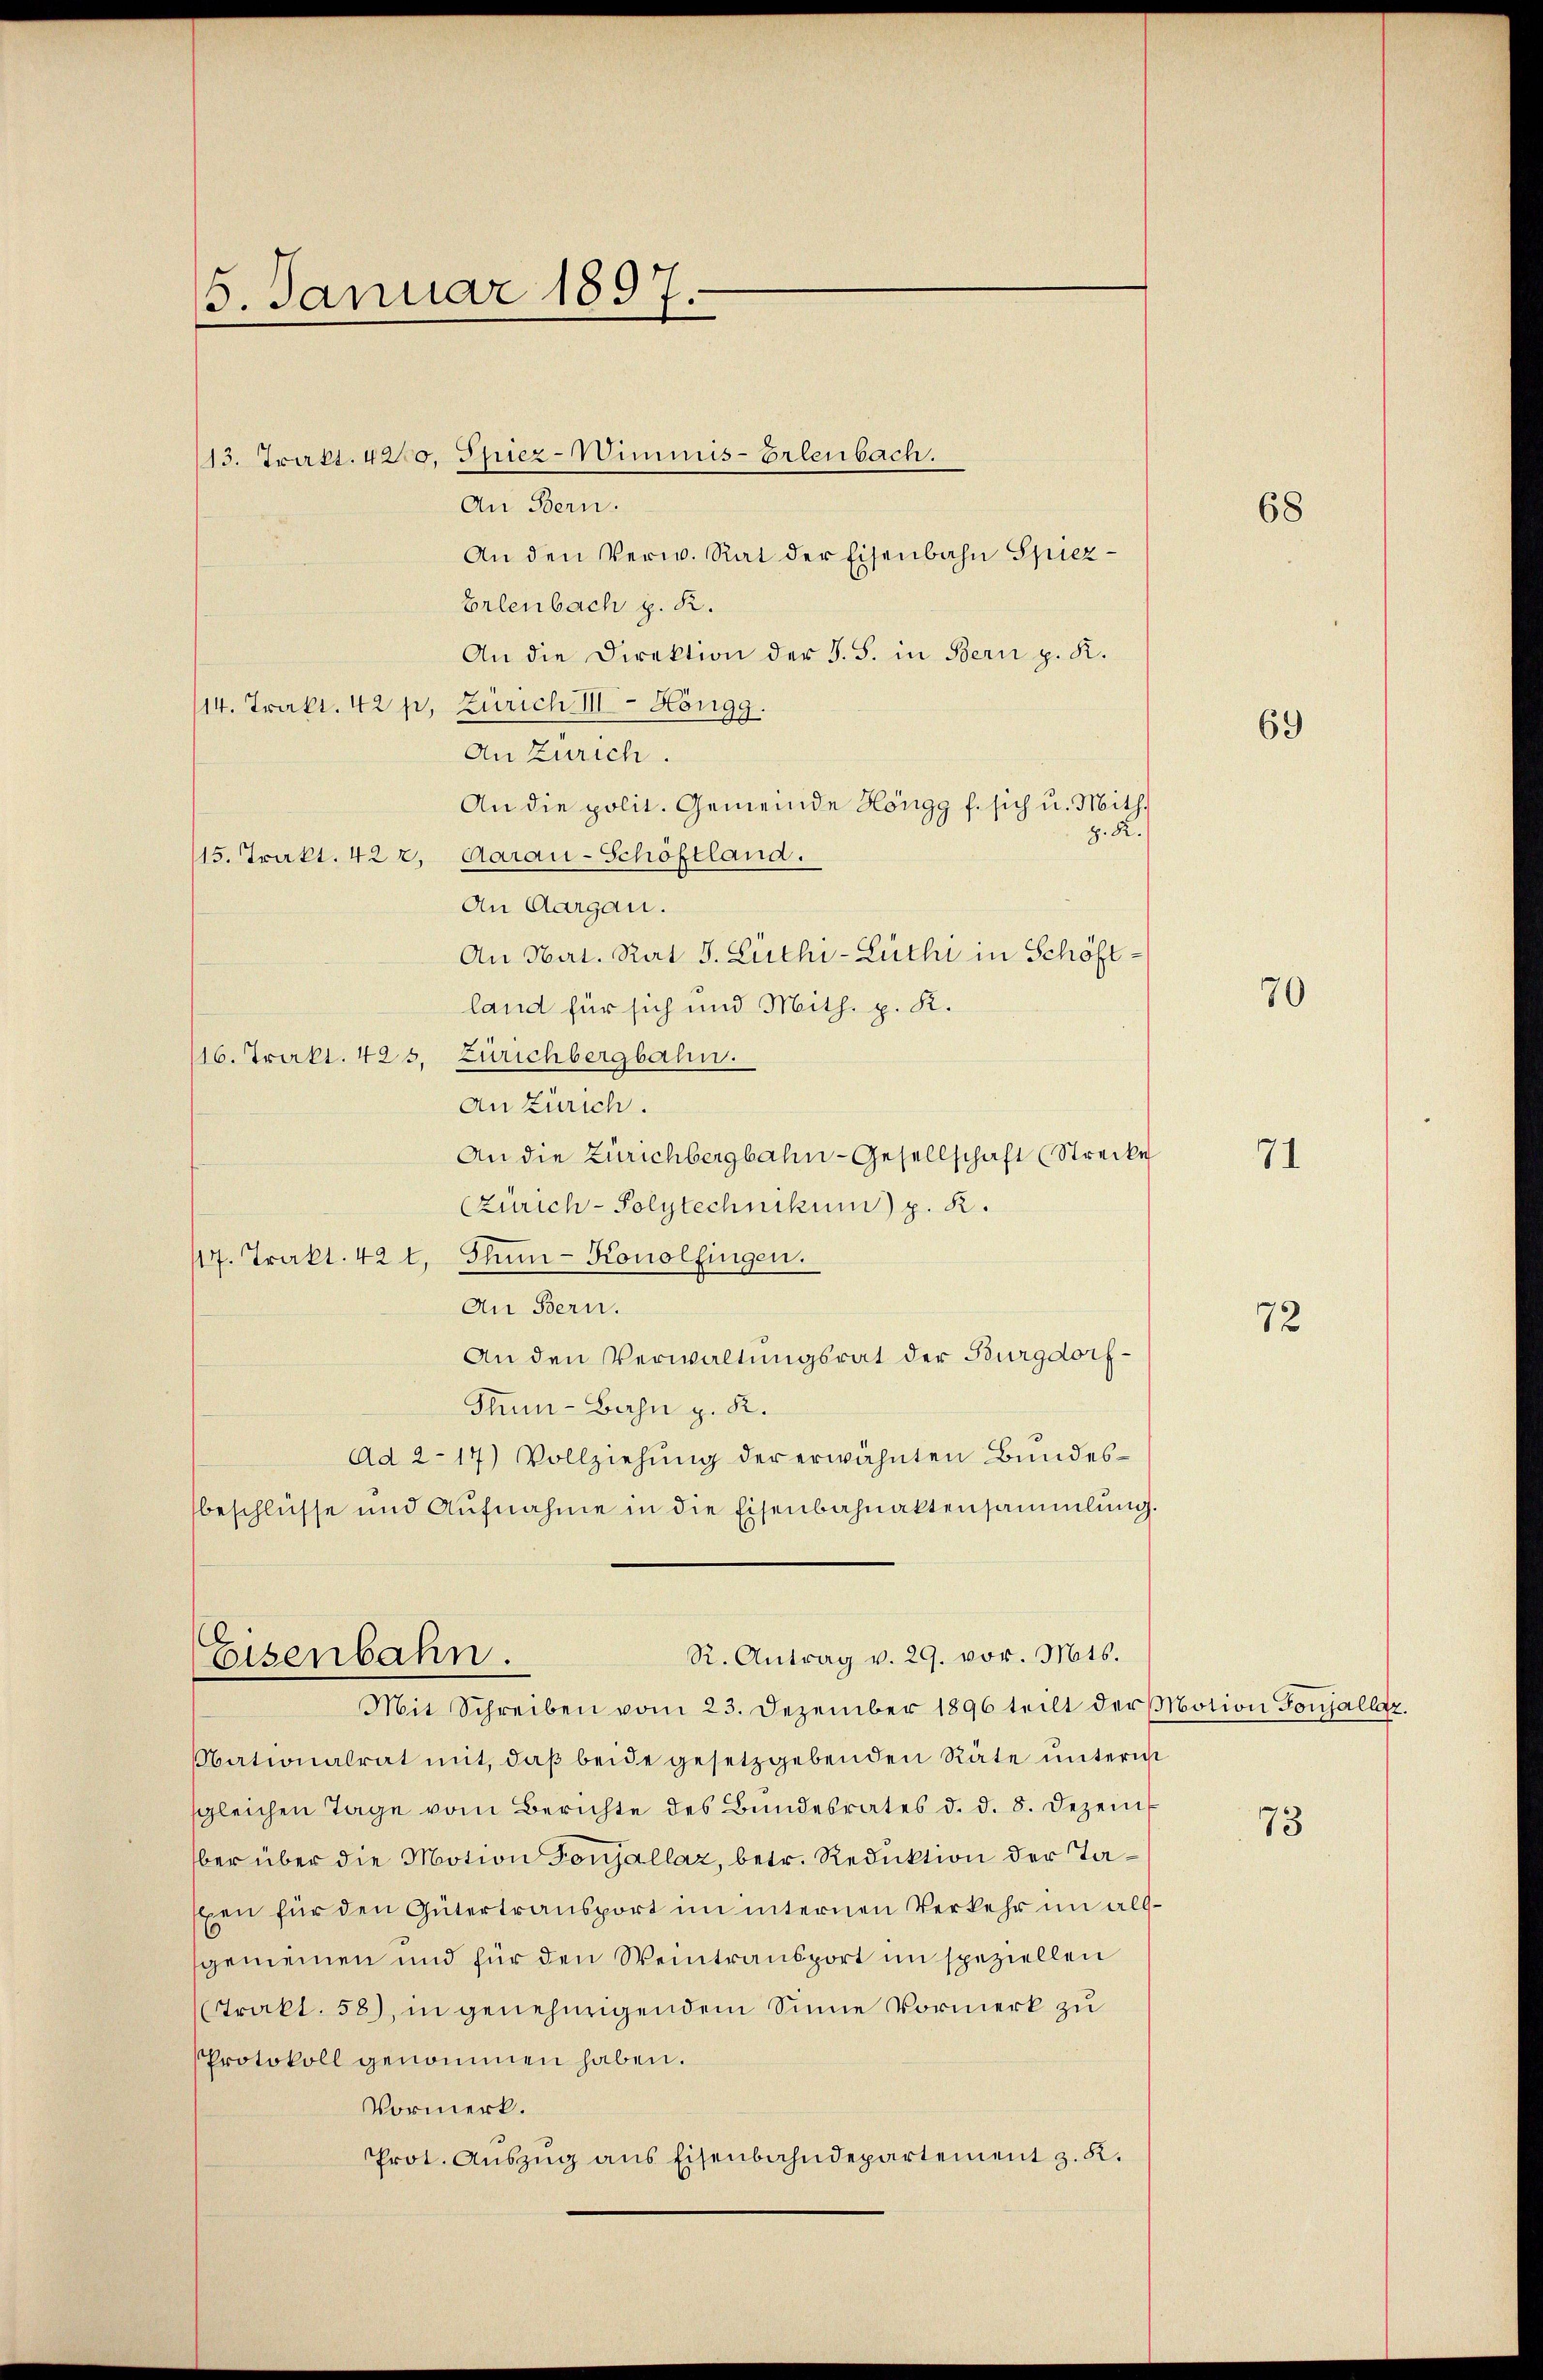
15. Januar 1897.

An Bern.
An den Verw. Rat der Eisenbahn Spiez¬
Erlenbach z. R.
An die Direktion der S. S. in Bern p. K.
114. Trakt. 42 p. Zürich III Höngg.
An Zürich.
An die polit. Gemeinde Höngg f. sich u. Mith.
z. R.
115. Trakt. 422. Aarau-Schöftland.
An Aargau.
An Nat. Rat J. Lüthi-Lüthi in Schöftland für sich und Mith. p. K.
116. Trakt. 425. Zürichbergbahn.
An Zürich.
An die Zürichbergbahn-Gesellschaft (Strecke
(Zürich-Polytechnikum) p. 2.
117. Trakt. 421, Thun-Konolfingen.
An Bern.
An den Verwaltungsrat der Burgdorf¬
Thum-Bahn z. K.
Ad 2-17) Vollziehung der erwähnten Bundesbeschlüsse und Aufnahme in die Eisenbahnaktensammlung.

13. Trakt. 4200. Spiez-Wimmis-Erlenbach.

R. Antrag v. 29. vor. Mts.
Eisenbahn.
Mit Schreiben vom 23. Dezember 1896 teilt der Motion Gonjallaz.

Nationalrat mit, daß beide gesetzgebenden Räte unterm
sgleichen Tage vom Berichte des Bundesrates d. d. 8. Dezember über die Motion Gonjallaz, betr. Reduktion der Taxen für den Gütertransport im internen Verkehr im allgemeinen und für den Weintransport im speziellen
Trakt. 58), in genehmigendem Sinne Vormerk zu
Protokoll genommen haben.
Vormerk.
Prot. Aŭszŭg ans Eisenbahndepartement z. K.

68

69

70

71

72

73